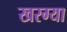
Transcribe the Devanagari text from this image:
खरग्या